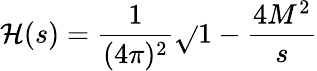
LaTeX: \mathcal{H}(s)=\frac{1}{{(4\pi)^{2}}}\sqrt{}{{1-\frac{{4M^{2}}}{s}}}